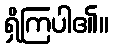
ရှိကြပါ၏။